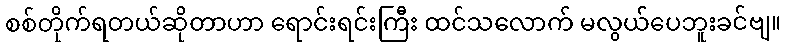
စစ်တိုက်ရတယ်ဆိုတာဟာ ရောင်းရင်းကြီး ထင်သလောက် မလွယ်ပေဘူးခင်ဗျ။